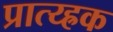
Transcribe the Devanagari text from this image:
प्रात्य्ह्रक